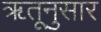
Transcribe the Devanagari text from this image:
ॠतूनुसार